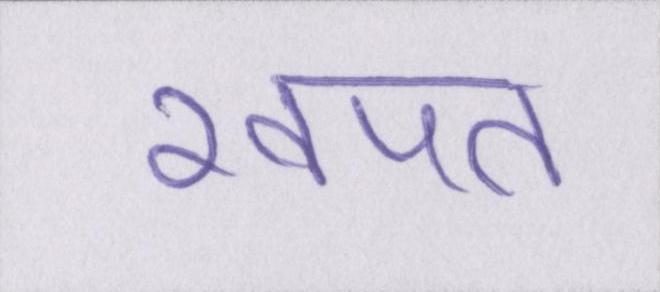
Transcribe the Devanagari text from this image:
खपत